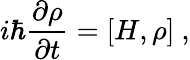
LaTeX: i\hbar{\frac{\partial\rho}{\partial t}}=[H,\rho]~,